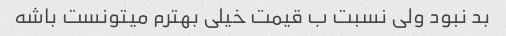
بد نبود ولی نسبت ب قیمت خیلی بهترم میتونست باشه